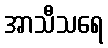
အာသီသရေ